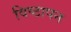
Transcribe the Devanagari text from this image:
विष्ठापन